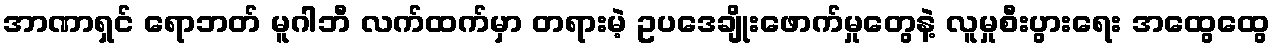
အာဏာရှင် ရောဘတ် မူဂါဘီ လက်ထက်မှာ တရားမဲ့ ဥပဒေချိုးဖောက်မှုတွေနဲ့ လူမှုစီးပွားရေး အထွေထွေ